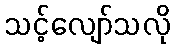
သင့်လျော်သလို